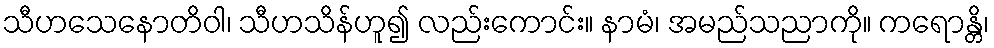
သီဟသေနောတိဝါ၊ သီဟသိန်ဟူ၍ လည်းကောင်း။ နာမံ၊ အမည်သညာကို။ ကရောန္တိ၊